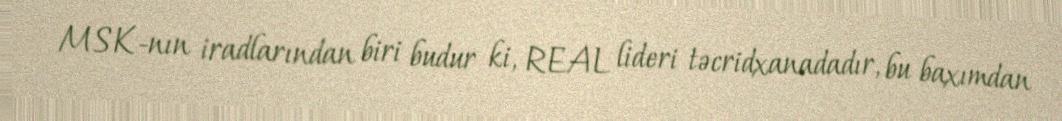
MSK-nın iradlarından biri budur ki, REAL lideri təcridxanadadır, bu baxımdan